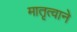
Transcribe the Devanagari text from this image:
मातृत्वाने